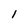
Character: 1